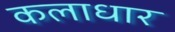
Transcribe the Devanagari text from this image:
कलाधार